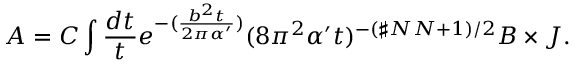
A = C \int \frac { d t } { t } e ^ { - ( \frac { b ^ { 2 } t } { 2 \pi \alpha ^ { \prime } } ) } ( 8 \pi ^ { 2 } \alpha ^ { \prime } t ) ^ { - ( \sharp N N + 1 ) / 2 } B \times J .